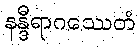
နန္ဒီရာဂဿေတံ